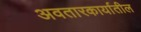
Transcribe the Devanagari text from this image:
अवतारकार्यातील